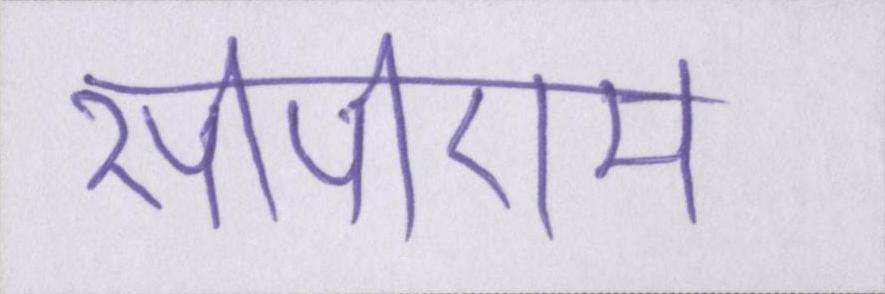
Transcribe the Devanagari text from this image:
सीपीएम